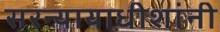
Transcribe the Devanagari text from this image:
सरन्यायाधीशांनी